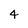
Character: 4